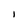
Character: 1